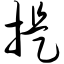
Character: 提